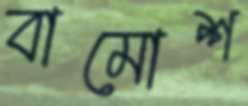
বামোশ